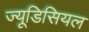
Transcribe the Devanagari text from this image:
ज्यूडिसियल